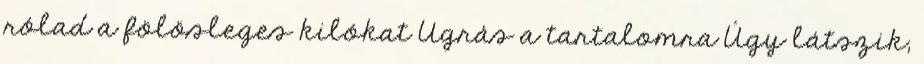
rólad a fölösleges kilókat Ugrás a tartalomra Úgy látszik,